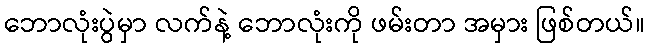
ဘောလုံးပွဲမှာ လက်နဲ့ ဘောလုံးကို ဖမ်းတာ အမှား ဖြစ်တယ်။